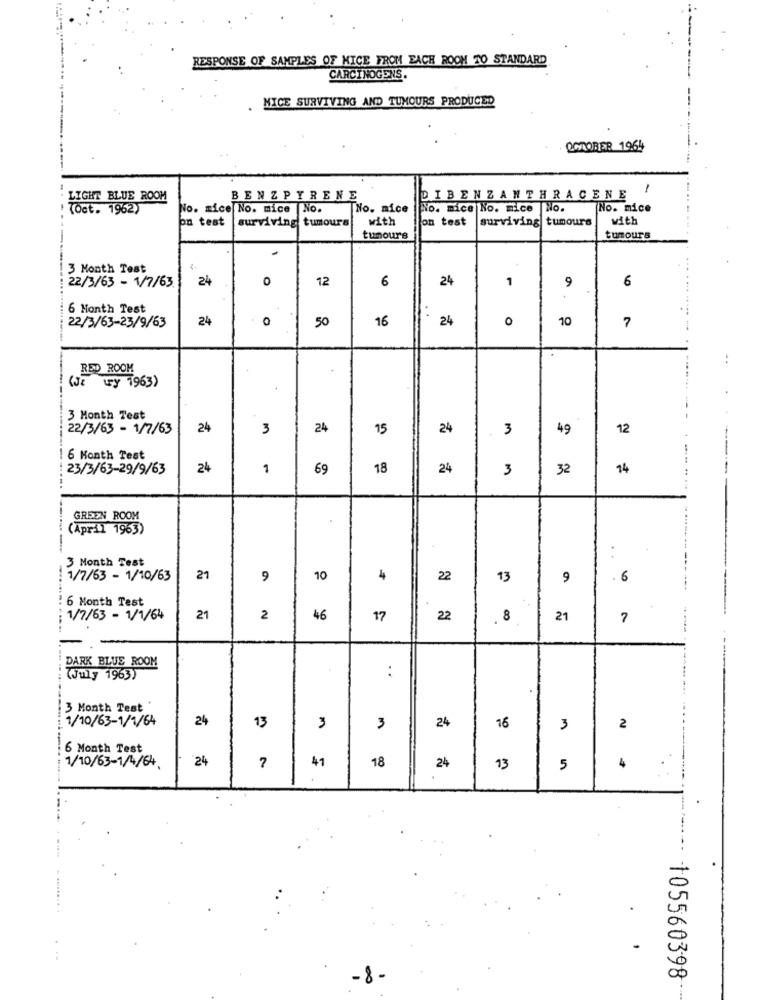
RESPONSE OF SAMPLES OF MICE FROM EACH ROOM TO STANDARD
CARCINOGENS.
. MICE SURVIVING AND TUMOURS PRODUCED
OCTOBER 1964
LIGHT BLUE ROOM
BENZPYRENE
DIBENZANTHRACENE
(Oct. 1962)
No. mice No. mice |No.
No. mice
No. mice No. mice No.
No. mice
on test
surviving tumours
with
on test
surviving tumours
with
tumours
tumours
3 Month Test
24
0
12
6
24
1
9
6
22/3/63 - 1/7/63
6 Month Test
22/3/63-23/9/63
24
0
50
16
24
0
10
7
RED ROOM
(JE wy 1963)
3 Month Test
22/3/63 - 1/7/63
24
3
24
15
24
3
49
12
6 Month Test
: 23/3/63-29/9/63
24
1
69
18
24
3
M
32
14
GREEN ROOM
(April 1963)
-
..
3 Month Test
1/7/63 - 1/10/63
21
9
10
4
22
13
9
. 6
6 Month Test
1/7/63 - 1/1/64
21
2
46
17
22
.8
21
7
DARK BLUE ROOM
:
Wuly 1963)
3 Month Test '
1/10/63-1/1/64
24
13
3
3
24
16
3
2
6 Month Test
24
1/10/63-1/4/64
41
18
24
13
5
4
105560398